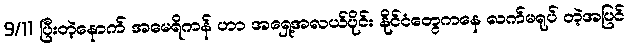
9/11 ပြီးတဲ့နောက် အမေရိကန် ဟာ အရှေ့အလယ်ပိုင်း နိုင်ငံတွေကနေ လက်မရုပ် တဲ့အပြင်